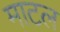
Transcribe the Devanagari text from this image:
माटल